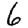
Digit: 6